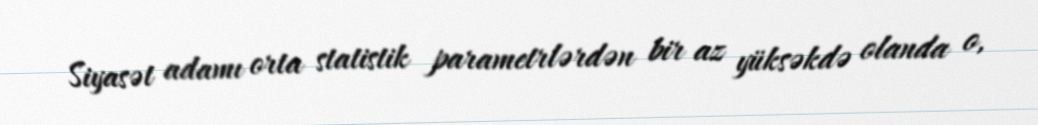
Siyasət adamı orta statistik parametrlərdən bir az yüksəkdə olanda o,